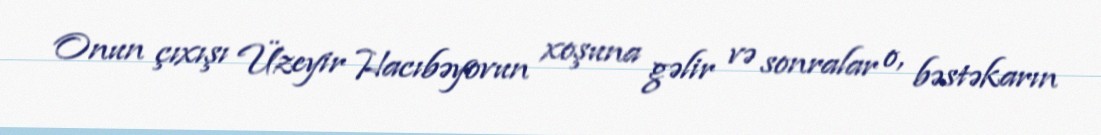
Onun çıxışı Üzeyir Hacıbəyovun xoşuna gəlir və sonralar o, bəstəkarın